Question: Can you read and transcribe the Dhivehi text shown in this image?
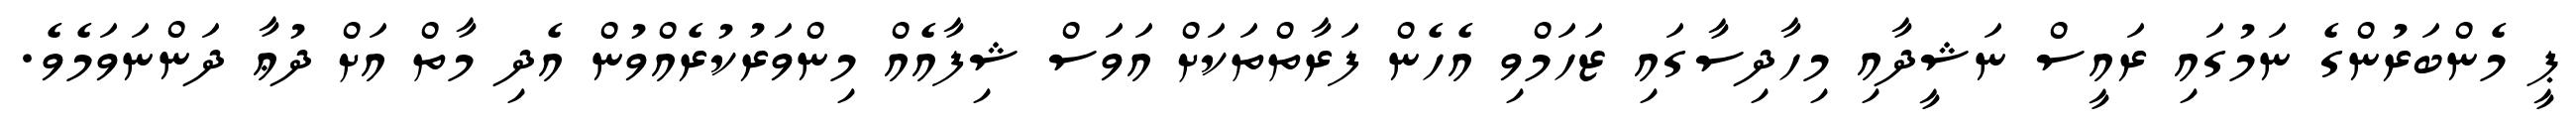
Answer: ޕީ މެންބަރުންގެ ނަމުގައި ރައީސް ނަޝީދާއި މިހާދިސާގައި ޒަހަމްވި އެހެން ފަރާތްތަކަށް އަވަސް ޝިފާއެއް މިންވަރުކުރެއްވުން އެދި މާތް އަށް ދުޢާ ދަންނަވަމެވެ.